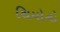
થિયોનો